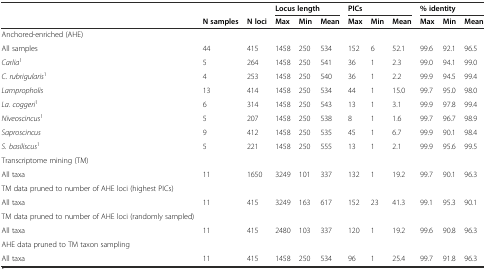
<table><thead><tr><td></td><td></td><td></td><td colspan="3"><b>Locus length</b></td><td colspan="3"><b>PICs</b></td><td colspan="3"><b>% identity</b></td></tr><tr><td></td><td><b>N samples</b></td><td><b>N loci</b></td><td><b>Max</b></td><td><b>Min</b></td><td><b>Mean</b></td><td><b>Max</b></td><td><b>Min</b></td><td><b>Mean</b></td><td><b>Max</b></td><td><b>Min</b></td><td><b>Mean</b></td></tr></thead><tbody><tr><td>Anchored-enriched (AHE)</td><td></td><td></td><td></td><td></td><td></td><td></td><td></td><td></td><td></td><td></td><td></td></tr><tr><td>All samples</td><td>44</td><td>415</td><td>1458</td><td>250</td><td>534</td><td>152</td><td>6</td><td>52.1</td><td>99.6</td><td>92.1</td><td>96.5</td></tr><tr><td><i>Carlia</i><sup>1</sup></td><td>5</td><td>264</td><td>1458</td><td>250</td><td>541</td><td>36</td><td>1</td><td>2.3</td><td>99.0</td><td>94.1</td><td>99.0</td></tr><tr><td><i>C. rubrigularis</i><sup>1</sup></td><td>4</td><td>253</td><td>1458</td><td>250</td><td>540</td><td>36</td><td>1</td><td>2.2</td><td>99.9</td><td>94.5</td><td>99.4</td></tr><tr><td><i>Lampropholis</i></td><td>13</td><td>414</td><td>1458</td><td>250</td><td>534</td><td>44</td><td>1</td><td>15.0</td><td>99.7</td><td>95.0</td><td>98.0</td></tr><tr><td><i>La. coggeri</i><sup>1</sup></td><td>6</td><td>314</td><td>1458</td><td>250</td><td>543</td><td>13</td><td>1</td><td>3.1</td><td>99.9</td><td>97.8</td><td>99.4</td></tr><tr><td><i>Niveoscincus</i><sup>1</sup></td><td>5</td><td>207</td><td>1458</td><td>250</td><td>538</td><td>8</td><td>1</td><td>1.6</td><td>99.7</td><td>96.7</td><td>98.9</td></tr><tr><td><i>Saproscincus</i></td><td>9</td><td>412</td><td>1458</td><td>250</td><td>535</td><td>45</td><td>1</td><td>6.7</td><td>99.9</td><td>90.1</td><td>98.4</td></tr><tr><td><i>S. basiliscus</i><sup>1</sup></td><td>5</td><td>221</td><td>1458</td><td>250</td><td>555</td><td>13</td><td>1</td><td>2.1</td><td>99.9</td><td>95.6</td><td>99.5</td></tr><tr><td>Transcriptome mining (TM)</td><td></td><td></td><td></td><td></td><td></td><td></td><td></td><td></td><td></td><td></td><td></td></tr><tr><td>All taxa</td><td>11</td><td>1650</td><td>3249</td><td>101</td><td>337</td><td>132</td><td>1</td><td>19.2</td><td>99.7</td><td>90.1</td><td>96.3</td></tr><tr><td>TM data pruned to number of AHE loci (highest PICs)</td><td></td><td></td><td></td><td></td><td></td><td></td><td></td><td></td><td></td><td></td><td></td></tr><tr><td>All taxa</td><td>11</td><td>415</td><td>3249</td><td>163</td><td>617</td><td>152</td><td>23</td><td>41.3</td><td>99.1</td><td>95.3</td><td>90.1</td></tr><tr><td>TM data pruned to number of AHE loci (randomly sampled)</td><td></td><td></td><td></td><td></td><td></td><td></td><td></td><td></td><td></td><td></td><td></td></tr><tr><td>All taxa</td><td>11</td><td>415</td><td>2480</td><td>103</td><td>337</td><td>120</td><td>1</td><td>19.2</td><td>99.6</td><td>90.8</td><td>96.3</td></tr><tr><td>AHE data pruned to TM taxon sampling</td><td></td><td></td><td></td><td></td><td></td><td></td><td></td><td></td><td></td><td></td><td></td></tr><tr><td>All taxa</td><td>11</td><td>415</td><td>1458</td><td>250</td><td>534</td><td>96</td><td>1</td><td>25.4</td><td>99.7</td><td>91.8</td><td>96.3</td></tr></tbody></table>